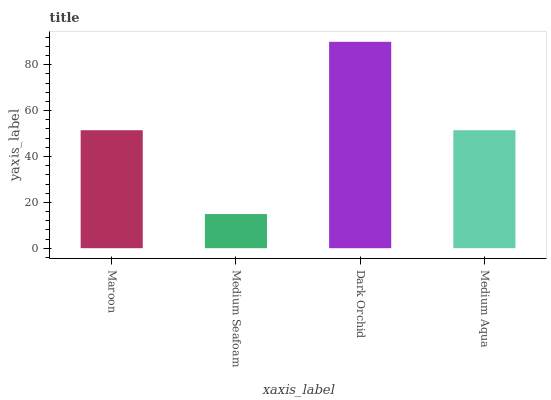
| xaxis_label | bars |
 | --- | --- |
 | Maroon | 51.5 |
 | Medium Seafoam | 14.9 |
 | Dark Orchid | 90 |
 | Medium Aqua | 51.5 |